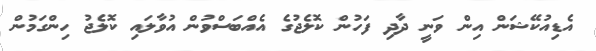
އެޑިއުކޭޝަން އިން ވަނީ ދާދި ފަހުން ކޮލެޖުގެ އެއްބަސްވުން އުވާލައި ކޮލެޖު ހިންގަމުން